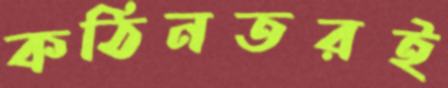
কঠিনতরই